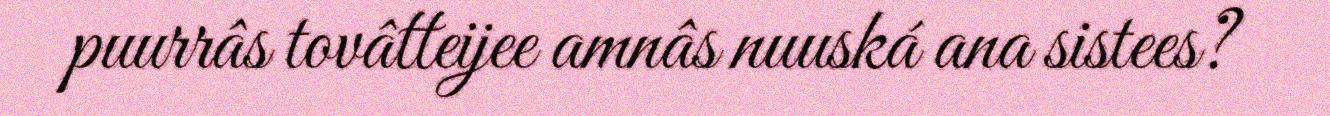
puurrâs tovâtteijee amnâs nuuská ana sistees?